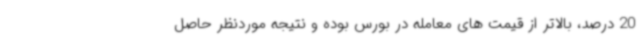
20 درصد، بالاتر از قیمت های معامله در بورس بوده و نتیجه موردنظر حاصل